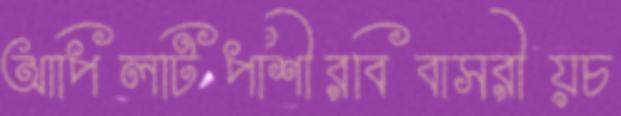
আপিলটিপাশীরবিবাসরীয়চ